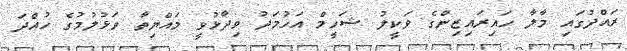
ރައްދުގައި މާލާ ހައިރައިޒިންގެ ވަކީލު ޝަހީމް އަހުމަދު ވިދާޅުވީ މައްޔިތާ ވަޅުލުމުގެ ހުއްދަ